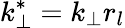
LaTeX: k_{\perp}^{*}=k_{\perp}r_{l}